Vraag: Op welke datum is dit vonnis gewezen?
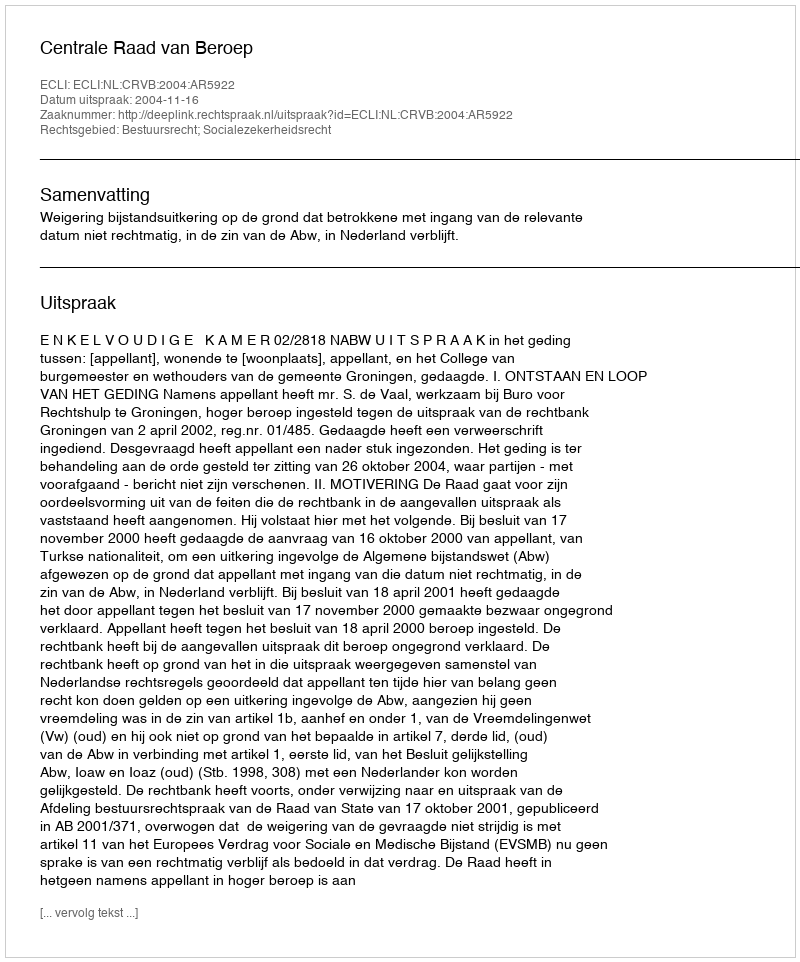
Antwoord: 2004-11-16